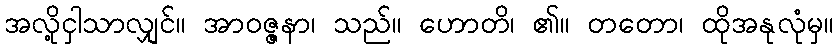
အလို့ငှါသာလျှင်။ အာဝဇ္ဇနာ၊ သည်။ ဟောတိ၊ ၏။ တတော၊ ထိုအနုလုံမှ။